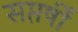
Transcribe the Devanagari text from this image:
सप्तर्षीं